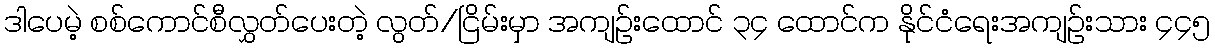
ဒါပေမဲ့ စစ်ကောင်စီလွှတ်ပေးတဲ့ လွတ်/ငြိမ်းမှာ အကျဉ်းထောင် ၃၄ ထောင်က နိုင်ငံရေးအကျဉ်းသား ၄၄၅